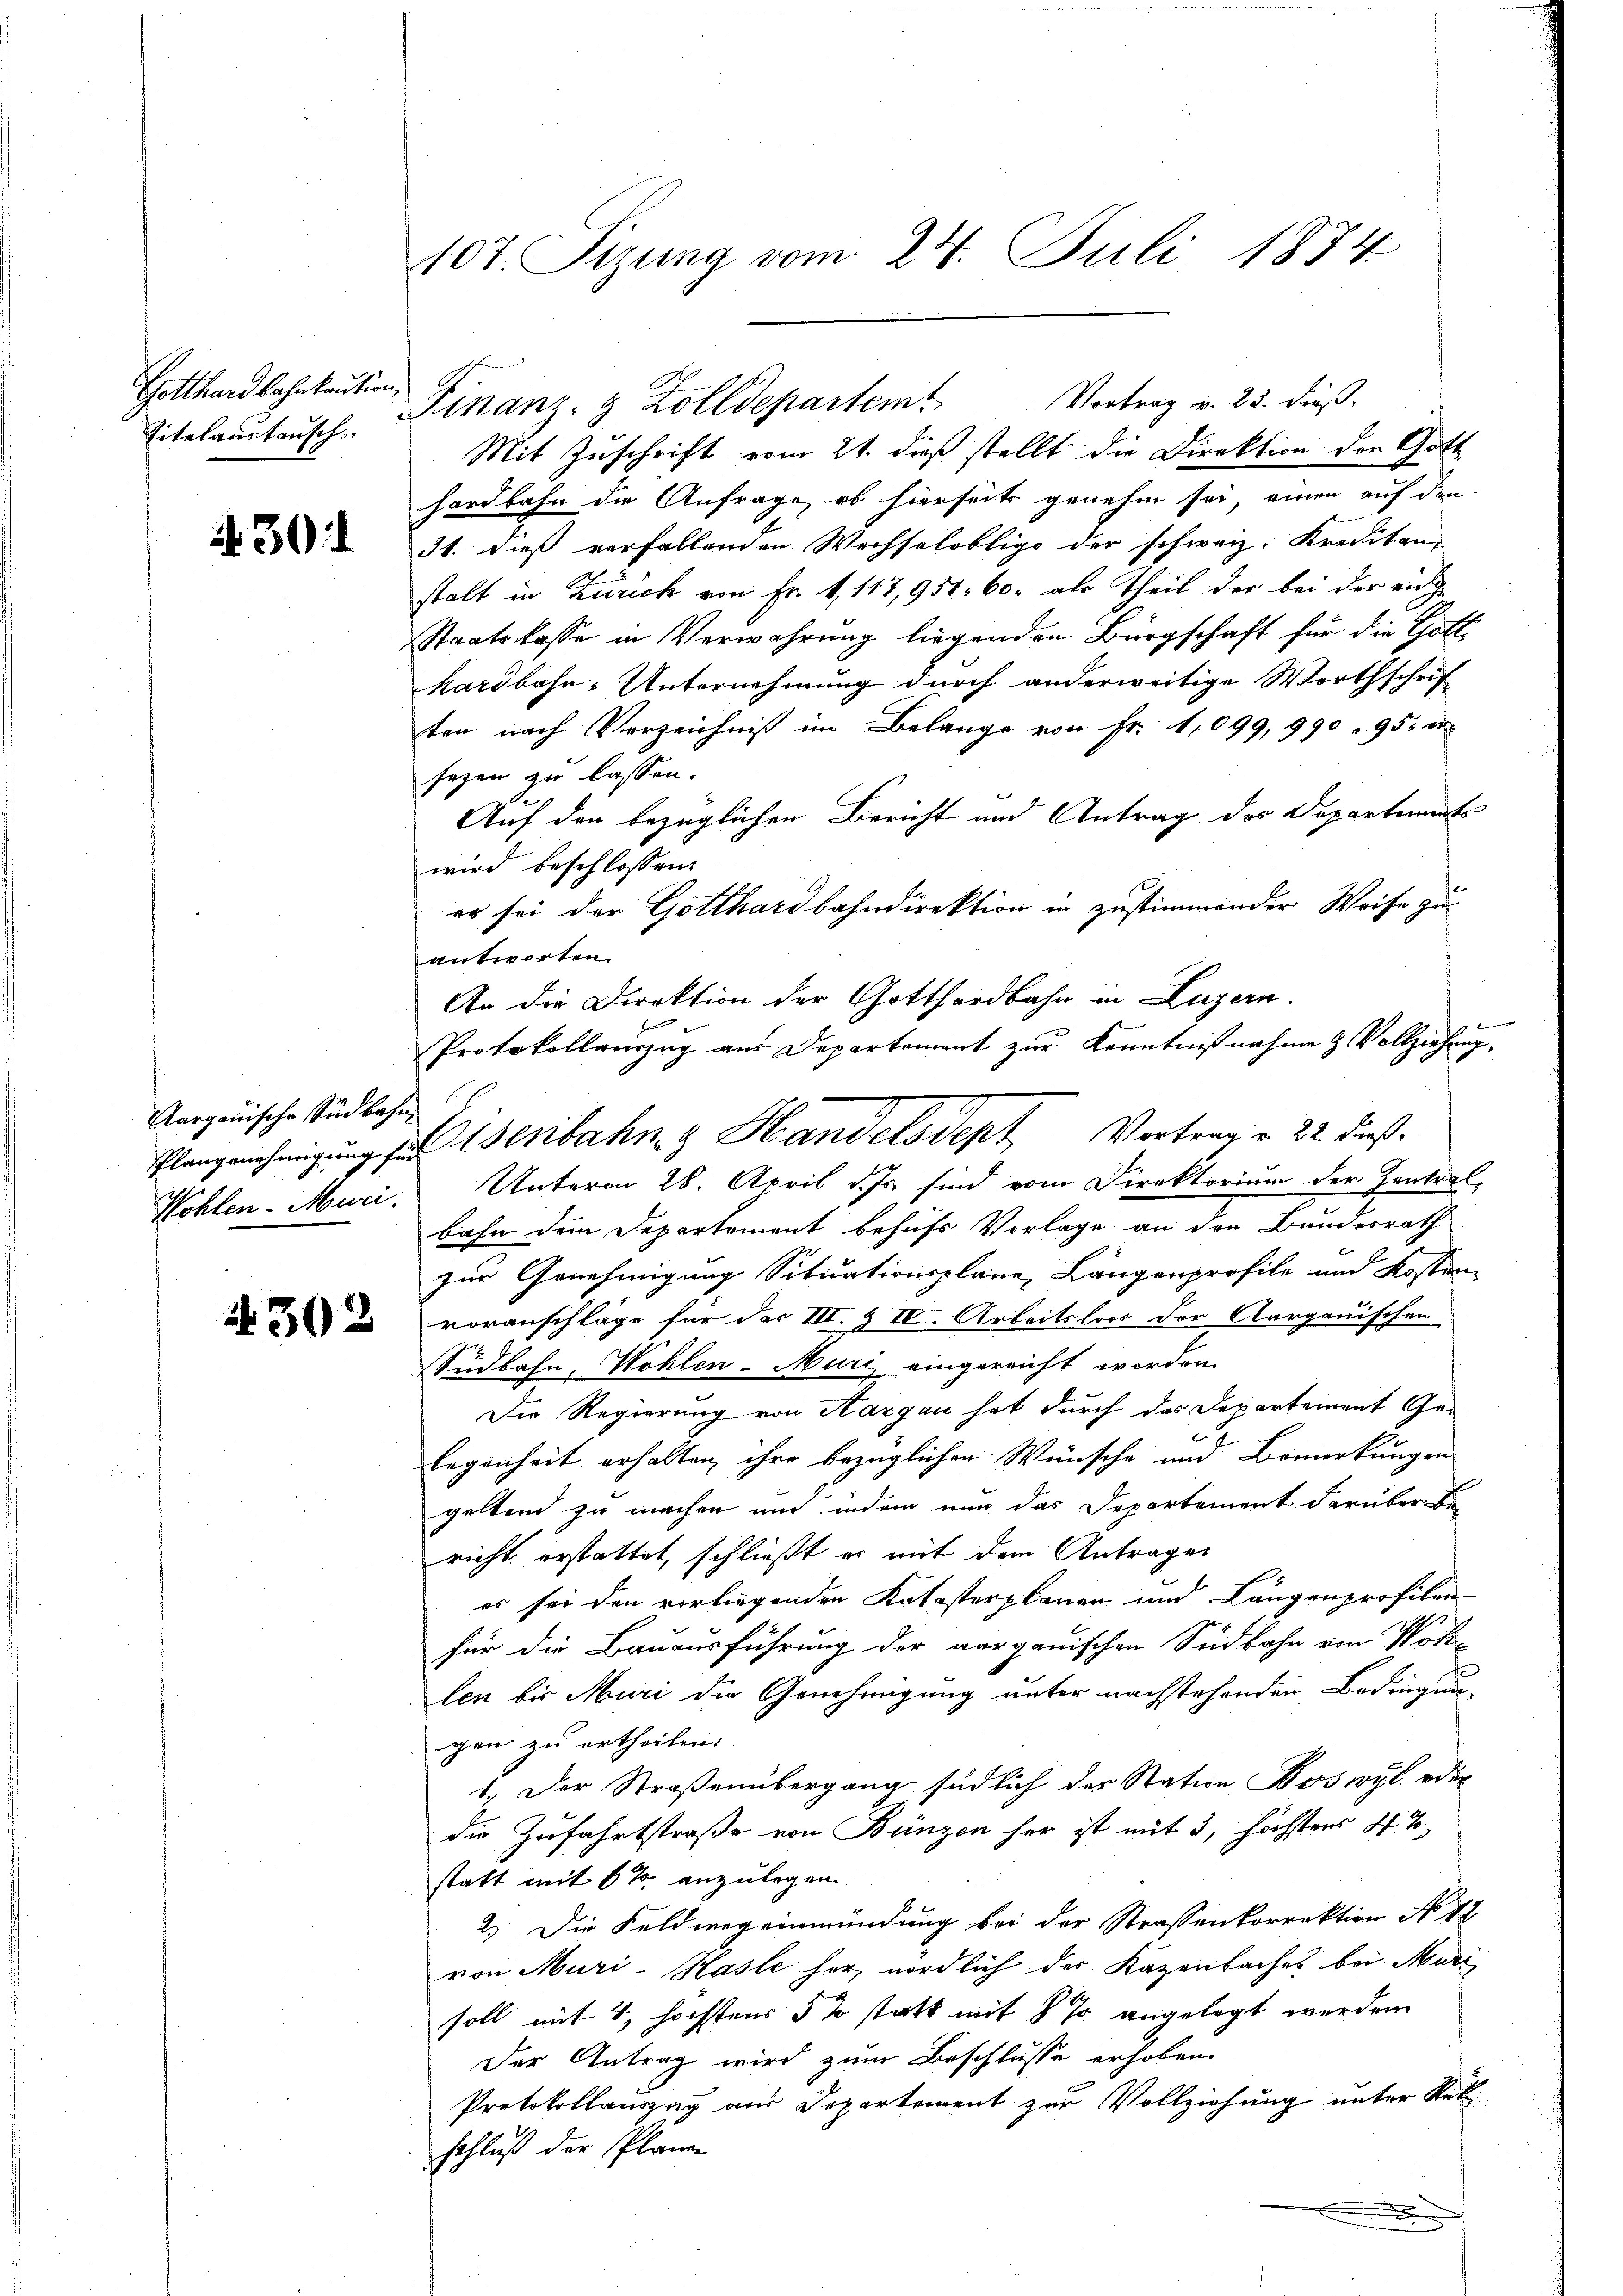
Gotthardbahrkaution
Titelaustausch

4301

Aargauische Südbahn,
Wohlen. Muri

1302

107. Sizung vom 24. Juli 1874

Mit Zuschrift vom 21. dieß stellt die Direktion der Gott
hardbahn die Anfrage, ob hierseits genehm sei, einen auf den
31. dieß verfallenden Wechselobligo der schweiz. Kreditan
stalt in Zürich von Fr. 1,117,951, 60. als Theil der bei der eidge
Staatskasse in Verwahrung liegenden Bürgschaft für die Gott-
kardbahn-Unternehmung durch anderweitige Werthschrif
ten nach Verzeichniß im Belange von Fr. 1,099, 990 " 95 de
sagen zu lassen.
Auf den bezüglichen Bericht und Antrag des Departements
wird beschlossen:
er sei der Gotthardbahndirektion in zustimmender Weise zu
e
Unterm 28. April d. Js. sind vom Direktorium der Zentral-
bahn dem Departement behufs Vorlage an den Bundesrath
zur Genehmigung Situationsplane Längenprofile und Kosten
voranschläge für des III. & IV. Arbeitslos der Aargauischen
Südbahn, Wohlen-Mari eingereicht worden.
Die Regierung von Aargau hat durch das Departement Ge-
legenheit erhalten, ihre bezüglichen Wünsche und Bemerkungen
geltend zu machen und indem nun das Departement darüber bei
richt erstattet, schließt er mit dem Antrages
es sei den vorliegenden Katasterplanen und Längenprofilen
für die Bauausführung der aargauischen Südbahn von Wohlen bis Muri die Genehmigung unter nachstehenden Bedingungen zu ertheilen.
1.) Der Straßenübergang südlich der Station Boswyl oder
die Zufahrtstraße von Bünzen her ist mit 3, höchstens 4 %
statt mit 6% anzulegen.
2.) Die Feldweg einmündung bei der Strassenkorrektion No 12
von Muri-Hasle her nördlich der Kapenbaches bei Muri
soll mit 4, höchstens 5 % statt mit § 70 angelegt werden.
Der Antrag wird zum Beschlusse erhoben.
Protokollauszug aus Departement zur Vollziehung unter Rek
schluß der Pläne

Finanz- & Zolldepartem Vortrag u. 25. dieß.

antworten.
An die Direktion der Gotthardbahn in Luzern.
Protokollauszug aus Departement zŭr Kenntnißnahme & Vollziehung.
Plangenehmigung der erbahn & Handelsdept Vortrag v. 22. dieß.